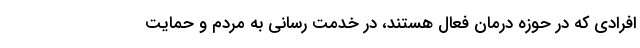
افرادی که در حوزه درمان فعال هستند، در خدمت رسانی به مردم و حمایت